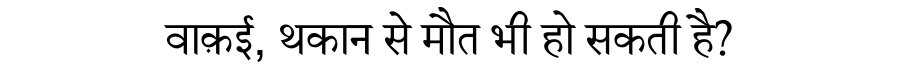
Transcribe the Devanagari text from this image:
वाक़ई, थकान से मौत भी हो सकती है?